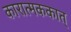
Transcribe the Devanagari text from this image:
कारात्मककात्‌